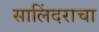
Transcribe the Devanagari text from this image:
सालिंदराचा